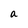
Character: a